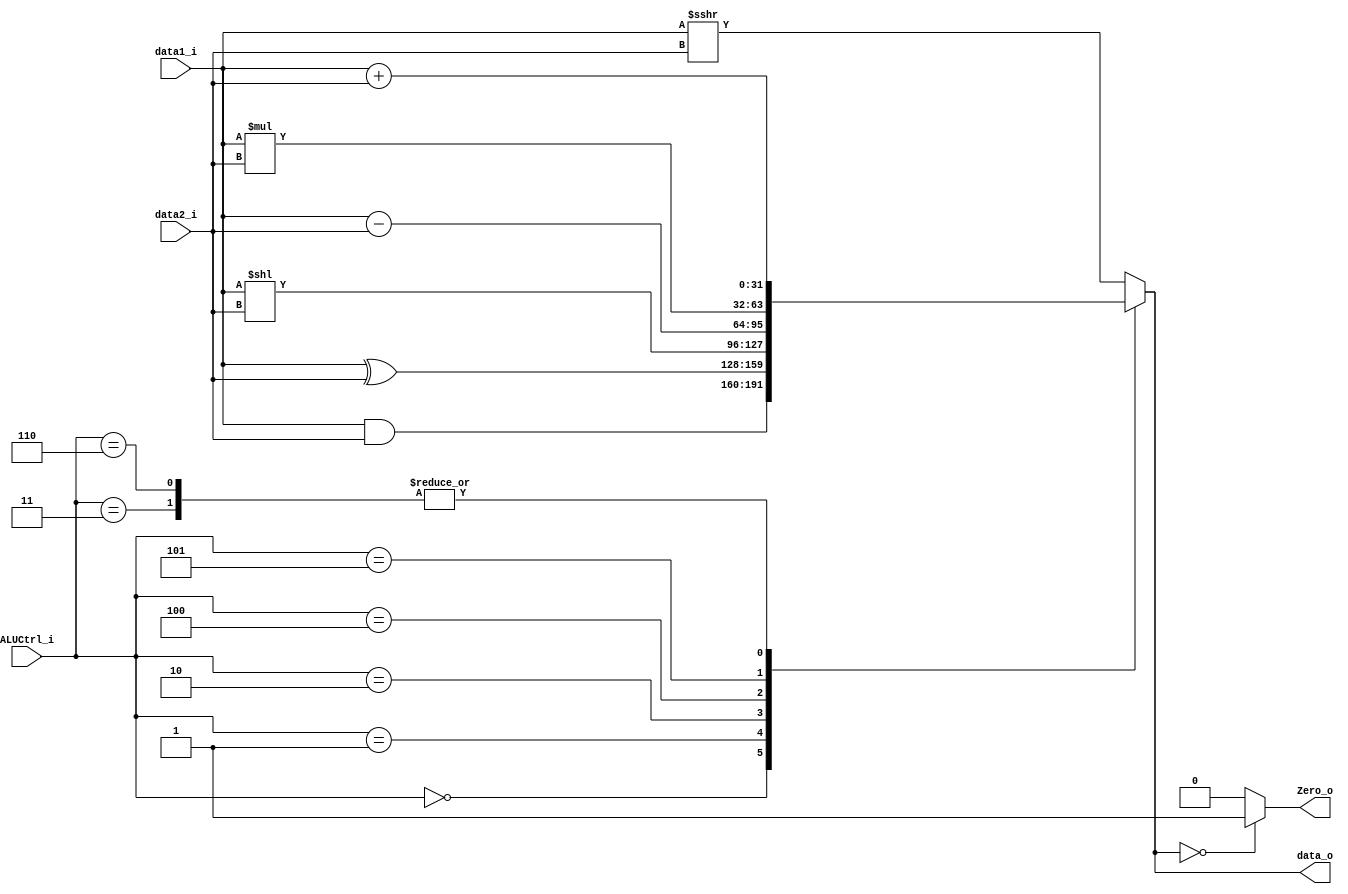
module ALU(data1_i, data2_i, ALUCtrl_i, data_o, Zero_o);
input signed [31:0] data1_i, data2_i;
input  [2:0]  ALUCtrl_i;
output [31:0] data_o;
output        Zero_o;

// TODO
reg [31:0] data_o;
reg Zero_o;

always @(*) begin
    case (ALUCtrl_i)
        3'b000: 
            data_o = data1_i & data2_i;
        3'b001: 
            data_o = data1_i ^ data2_i;
        3'b010: 
            data_o = data1_i << data2_i;
        3'b011: 
            data_o = data1_i + data2_i;
        3'b100: 
            data_o = data1_i - data2_i;
        3'b101:
            data_o = data1_i * data2_i;
        3'b110: 
            data_o = data1_i + data2_i; 
        default: 
            data_o = data1_i >>> data2_i; 
    endcase

    Zero_o = (data_o == 32'h00000000) ? 1'b1 : 1'b0;
end

endmodule

module branch_corrector
(
    pc_plus_four_i,
    branch_addr_i,
    result_i,
    predict_i,
    selector_o,
    branch_addr_resolved_o,
    branch_i
);
input [31:0] pc_plus_four_i, branch_addr_i;
input result_i, predict_i, branch_i;
output reg selector_o;
output reg [31:0] branch_addr_resolved_o;

always @(*) begin
    if (result_i == predict_i || ~branch_i) begin
        selector_o = 1'b0;
        branch_addr_resolved_o = pc_plus_four_i;
    end
    else begin
        selector_o = 1'b1;
        branch_addr_resolved_o = result_i ? branch_addr_i : pc_plus_four_i;
    end
end

endmodule

module ALU_Control(ALUOP, func3, func7, out);

    input [1:0] ALUOP;
    input [2:0] func3;
    input [6:0] func7;
    output [2:0] out;

    reg [2:0]out;

    always @(*) begin
        case (ALUOP)
            2'b00: // lw, sw, immd
                case (func3)
                    3'b000: //addi
                        out = 3'b110;
                    3'b101: //srai
                        out = 3'b111;
                    default: 
                        out = 3'b011; // lw or sw
                endcase
            2'b01: // beq
                out = 3'b100;
            default: 
                case (func3)
                    3'b000: 
                        case (func7)
                            7'b0000000:
                                out = 3'b011;
                            7'b0100000:
                                out = 3'b100; 
                            default: 
                                out = 3'b101;
                        endcase
                    3'b001:
                        out = 3'b010;
                    3'b100:
                        out = 3'b001;
                    default: 
                        out = 3'b000;
                endcase
        endcase
    end

endmodule

module MUX4_32(in1, in2, in3, in4, sel, out);
    
    input [31:0] in1;
    input [31:0] in2;
    input [31:0] in3;
    input [31:0] in4;
    input [1:0] sel;
    output reg [31:0] out;

    always @(*) begin
      case (sel)
        2'b00: out = in1; 
        2'b01: out = in2; 
        2'b10: out = in3; 
        default: out = in4;
      endcase
    end

endmodule


module Forwarding_Unit(EX_rs1_addr, EX_rs2_addr, MEM_RegWrite, MEM_rd_addr, WB_RegWrite, WB_rd_addr, ForwardA, ForwardB);

    input [4:0] EX_rs1_addr;
    input [4:0] EX_rs2_addr;
    input MEM_RegWrite;
    input [4:0] MEM_rd_addr;
    input WB_RegWrite;
    input [4:0] WB_rd_addr;
    output reg [1:0] ForwardA;
    output reg [1:0] ForwardB;

    always @(*) begin
        if (MEM_RegWrite && (MEM_rd_addr != 0) && (MEM_rd_addr == EX_rs1_addr)) begin
            ForwardA = 2'b10;
        end
        else if (WB_RegWrite && (WB_rd_addr != 0) && !(MEM_RegWrite && (MEM_rd_addr != 0) && (MEM_rd_addr == EX_rs1_addr)) && (WB_rd_addr == EX_rs1_addr)) begin
            ForwardA = 2'b01;
        end
        else begin
          ForwardA = 2'b00;
        end

        if (MEM_RegWrite && (MEM_rd_addr != 0) && (MEM_rd_addr == EX_rs2_addr)) begin
            ForwardB = 2'b10;
        end
        else if (WB_RegWrite && (WB_rd_addr != 0) && !(MEM_RegWrite && (MEM_rd_addr != 0) && (MEM_rd_addr == EX_rs2_addr)) && (WB_rd_addr == EX_rs2_addr)) begin
            ForwardB = 2'b01;
        end
        else begin
          ForwardB = 2'b00;
        end
    end

endmodule